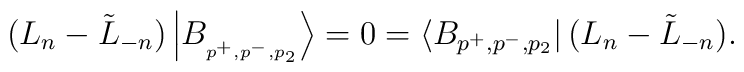
(L_{n}-\tilde{L}_{-n})\left| B_{_{p^{+},p^{-},p_{2}}}\right\rangle=0=\left\langle B_{p^{+},p^{-},p_{2}}\right| (L_{n}-\tilde{L}_{-n}).